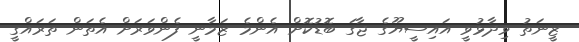
ޒީނަތު ވިދާޅުވީ އައިސީޔޫގެ ޖާގަ ބޮޑުކޮށް އެންމެ ޒަމާނީ ފެންވަރަށް އެތަން ތަރައްގީ